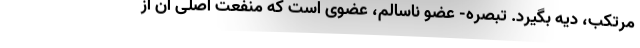
مرتکب، دیه بگیرد. تبصره- عضو ناسالم، عضوی است که منفعت اصلی آن از